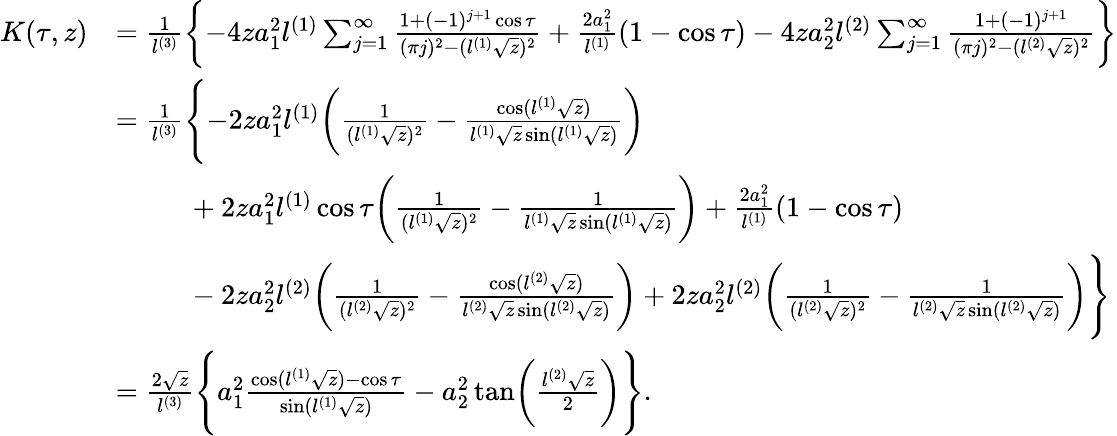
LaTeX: \begin{array}{rl}{K(\tau,z)}&{=\frac{1}{l^{(3)}}\biggl\{ -4za_{1}^{2}l^{(1)}\sum_{j=1}^{\infty}\frac{1+(-1)^{j+1}\cos\tau}{(\pi j)^{2}-(l^{(1)}\sqrt{z})^{2}}+\frac{2a_{1}^{2}}{l^{(1)}}(1-\cos\tau)-4za_{2}^{2}l^{(2)}\sum_{j=1}^{\infty}\frac{1+(-1)^{j+1}}{(\pi j)^{2}-(l^{(2)}\sqrt{z})^{2}}\biggr\} }\\ &{=\frac{1}{l^{(3)}}\Biggl\{ -2za_{1}^{2}l^{(1)}\biggl(\frac{1}{(l^{(1)}\sqrt{z})^{2}}-\frac{\cos(l^{(1)}\sqrt{z})}{l^{(1)}\sqrt{z}\sin(l^{(1)}\sqrt{z})}\biggr)}\\ &{\ \ \ \ \ \ \ \ \ \ +2za_{1}^{2}l^{(1)}\cos\tau\biggl(\frac{1}{(l^{(1)}\sqrt{z})^{2}}-\frac{1}{l^{(1)}\sqrt{z}\sin(l^{(1)}\sqrt{z})}\biggr)+\frac{2a_{1}^{2}}{l^{(1)}}(1-\cos\tau)}\\ &{\ \ \ \ \ \ \ \ \ \ -2za_{2}^{2}l^{(2)}\biggl(\frac{1}{(l^{(2)}\sqrt{z})^{2}}-\frac{\cos(l^{(2)}\sqrt{z})}{l^{(2)}\sqrt{z}\sin(l^{(2)}\sqrt{z})}\biggr)+2za_{2}^{2}l^{(2)}\biggl(\frac{1}{(l^{(2)}\sqrt{z})^{2}}-\frac{1}{l^{(2)}\sqrt{z}\sin(l^{(2)}\sqrt{z})}\biggr)\Biggr\} }\\ &{=\frac{2\sqrt{z}}{l^{(3)}}\Biggl\{ a_{1}^{2}\frac{\cos(l^{(1)}\sqrt{z})-\cos\tau}{\sin(l^{(1)}\sqrt{z})}-a_{2}^{2}\tan\biggl(\frac{l^{(2)}\sqrt{z}}{2}\biggr)\Biggr\} .}\end{array}